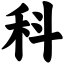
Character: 科